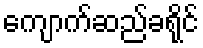
ကျောက်ဆည်ခရိုင်